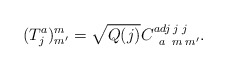
\begin{align*}(T^a_j)^m_{m^\prime} = \sqrt{Q(j)}C^{adj\;j\;j}_{\;\;a\;\;m\;m^\prime}. \end{align*}